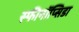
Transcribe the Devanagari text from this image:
स्फीनॉप्सिडा